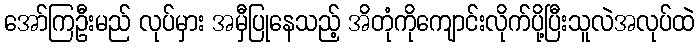
အော်ကြဦးမည် လုပ်မှား အမှီပြုနေသည့် အိတုံကိုကျောင်းလိုက်ပို့ပြီးသူလဲအလုပ်ထဲ